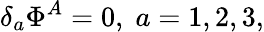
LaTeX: \delta_{a}\Phi^{A}=0,\; a=1,2,3,